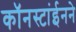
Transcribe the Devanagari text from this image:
कॉनस्टांईनने